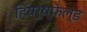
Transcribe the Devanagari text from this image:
हियर्षफ़ेल्ड